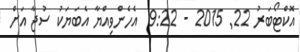
އޮކްޓޯބަރު 22